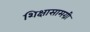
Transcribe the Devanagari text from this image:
शिक्षासामग्री